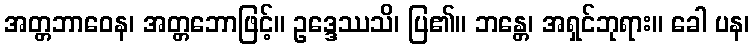
အတ္တဘာဝေန၊ အတ္တဘောဖြင့်။ ဥဒ္ဒေဿသိ၊ ပြ၏။ ဘန္တေ၊ အရှင်ဘုရား။ ခေါ ပန၊